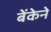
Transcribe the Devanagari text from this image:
बेंकेने